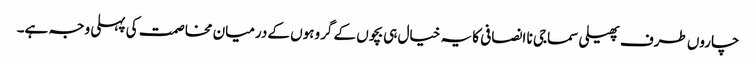
چاروں طرف پھیلی سماجی نا انصافی کا یہ خیال ہی بچوں کے گروہوں کے درمیان مخاصمت کی پہلی وجہ ہے۔